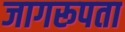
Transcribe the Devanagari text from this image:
जागरूपता